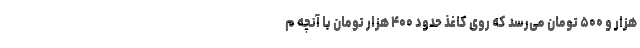
هزار و ۵۰۰ تومان می‌رسد که روی کاغذ حدود ۴۰۰ هزار تومان با آنچه م